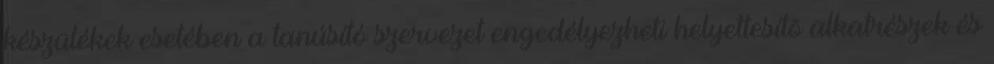
készülékek esetében a tanúsító szervezet engedélyezheti helyettesítõ alkatrészek és